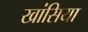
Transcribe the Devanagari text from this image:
खांसिया